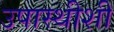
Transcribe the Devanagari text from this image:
उपास्थीशी